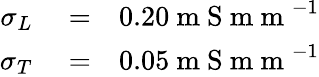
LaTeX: \begin{array}{rlr}{\sigma_{L}}&{{}=}&{0.20\mathrm{~m~S~m~m~}^{-1}}\\ {\sigma_{T}}&{{}=}&{0.05\mathrm{~m~S~m~m~}^{-1}}\end{array}